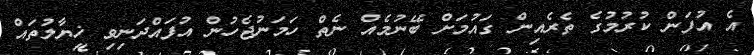
އެ އުފަން ކުރުމުގެ ތެރެއިން ގައުމަށް ބޭނުމެއް ނެތް ހަމަނުޖެހުން އުފައްދަނިވި ޚިޔާލުތައް